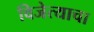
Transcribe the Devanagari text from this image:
विजेत्याचा